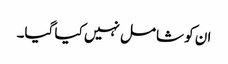
ان کو شامل نہیں کیا گیا۔